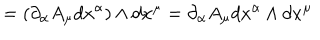
LaTeX: = ( \partial _ { \alpha } A _ { \mu } d x ^ { \alpha } ) \wedge d x ^ { \mu } = \partial _ { \alpha } A _ { \mu } d x ^ { \alpha } \wedge d x ^ { \mu }